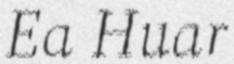
Ea Huar